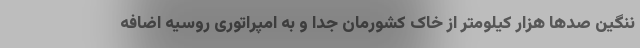
ننگین صدها هزار کیلومتر از خاک کشورمان جدا و به امپراتوری روسیه اضافه